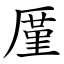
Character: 厪